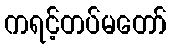
ကရင့်တပ်မတော်